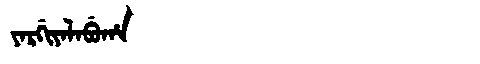
Manchu: ᠶᠠᡵᡤᡳᠶᠠᠯᠠᠪᡠᡥᠠ
Romanization: YARGIYALABUHA